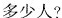
多少人?